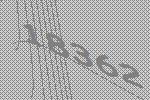
18362